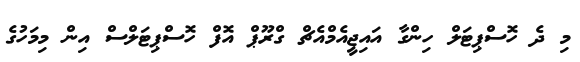
މި ދެ ހޮސްޕިޓަލް ހިންގާ އައިޖީއެމްއެޗް ގްރޫޕް އޮފް ހޮސްޕިޓަލްސް އިން މިމަހުގެ